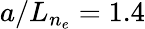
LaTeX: a/L_{n_{e}}=1.4